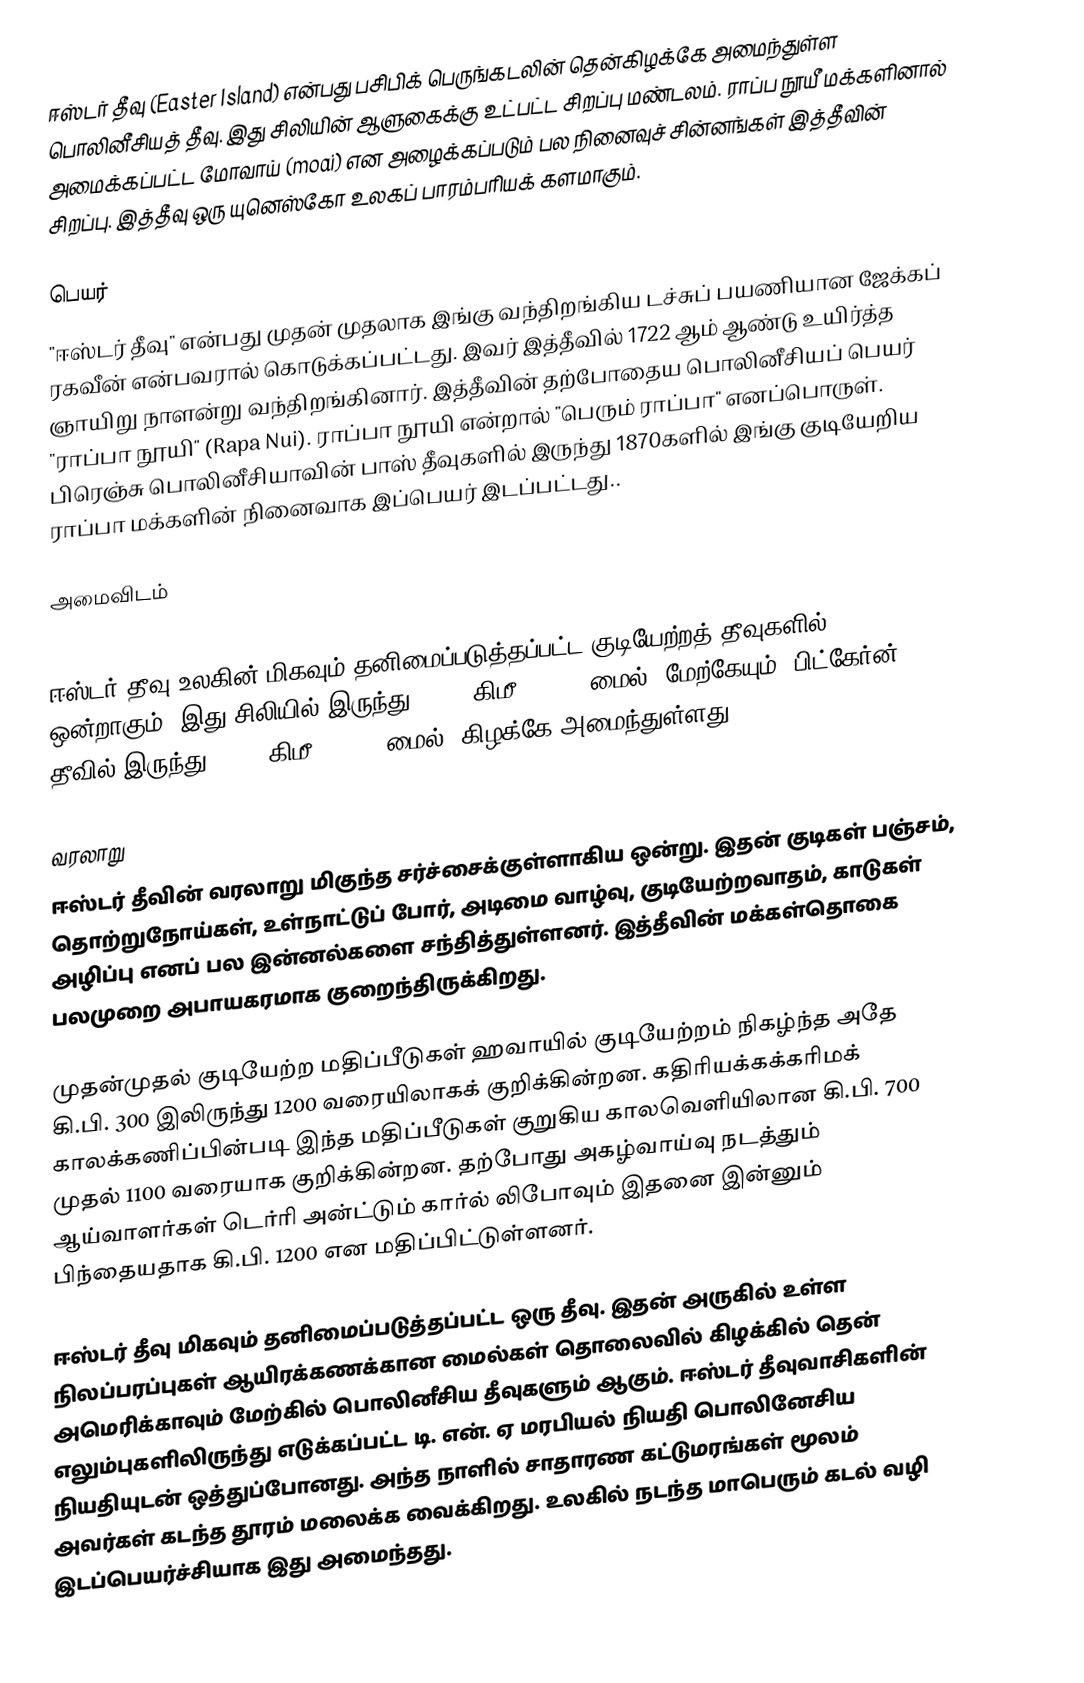
ஈஸ்டர் தீவு (Easter Island) என்பது பசிபிக் பெருங்கடலின் தென்கிழக்கே அமைந்துள்ள பொலினீசியத் தீவு. இது சிலியின் ஆளுகைக்கு உட்பட்ட சிறப்பு மண்டலம். ராப்ப நூயீ மக்களினால் அமைக்கப்பட்ட மோவாய் (moai) என அழைக்கப்படும் பல நினைவுச் சின்னங்கள் இத்தீவின் சிறப்பு. இத்தீவு ஒரு யுனெஸ்கோ உலகப் பாரம்பரியக் களமாகும்.

பெயர்
"ஈஸ்டர் தீவு" என்பது முதன் முதலாக இங்கு வந்திறங்கிய டச்சுப் பயணியான ஜேக்கப் ரகவீன் என்பவரால் கொடுக்கப்பட்டது. இவர் இத்தீவில் 1722 ஆம் ஆண்டு உயிர்த்த ஞாயிறு நாளன்று வந்திறங்கினார். இத்தீவின் தற்போதைய பொலினீசியப் பெயர் "ராப்பா நூயி" (Rapa Nui). ராப்பா நூயி என்றால் "பெரும் ராப்பா" எனப்பொருள். பிரெஞ்சு பொலினீசியாவின் பாஸ் தீவுகளில் இருந்து 1870களில் இங்கு குடியேறிய ராப்பா மக்களின் நினைவாக இப்பெயர் இடப்பட்டது..

அமைவிடம்

ஈஸ்டர் தீவு உலகின் மிகவும் தனிமைப்படுத்தப்பட்ட குடியேற்றத் தீவுகளில் ஒன்றாகும். இது சிலியில் இருந்து 3,600 கிமீ (2,237 மைல்) மேற்கேயும், பிட்கேர்ன் தீவில் இருந்து 2,075 கிமீ (1,290 மைல்) கிழக்கே அமைந்துள்ளது.

வரலாறு
ஈஸ்டர் தீவின் வரலாறு மிகுந்த சர்ச்சைக்குள்ளாகிய ஒன்று. இதன் குடிகள் பஞ்சம், தொற்றுநோய்கள், உள்நாட்டுப் போர், அடிமை வாழ்வு, குடியேற்றவாதம், காடுகள் அழிப்பு எனப் பல இன்னல்களை சந்தித்துள்ளனர். இத்தீவின் மக்கள்தொகை பலமுறை அபாயகரமாக குறைந்திருக்கிறது.

முதன்முதல் குடியேற்ற மதிப்பீடுகள் ஹவாயில் குடியேற்றம் நிகழ்ந்த அதே கி.பி. 300 இலிருந்து 1200 வரையிலாகக் குறிக்கின்றன.  கதிரியக்கக்கரிமக் காலக்கணிப்பின்படி இந்த மதிப்பீடுகள் குறுகிய காலவெளியிலான கி.பி. 700 முதல் 1100 வரையாக குறிக்கின்றன. தற்போது அகழ்வாய்வு நடத்தும் ஆய்வாளர்கள்  டெர்ரி அன்ட்டும் கார்ல் லிபோவும் இதனை இன்னும் பிந்தையதாக கி.பி. 1200 என மதிப்பிட்டுள்ளனர்.

ஈஸ்டர் தீவு மிகவும் தனிமைப்படுத்தப்பட்ட ஒரு தீவு. இதன் அருகில் உள்ள நிலப்பரப்புகள் ஆயிரக்கணக்கான மைல்கள் தொலைவில் கிழக்கில் தென் அமெரிக்காவும் மேற்கில் பொலினீசிய தீவுகளும் ஆகும். ஈஸ்டர் தீவுவாசிகளின் எலும்புகளிலிருந்து எடுக்கப்பட்ட டி. என். ஏ மரபியல் நியதி  பொலினேசிய நியதியுடன் ஒத்துப்போனது. அந்த நாளில் சாதாரண கட்டுமரங்கள் மூலம் அவர்கள் கடந்த தூரம் மலைக்க வைக்கிறது. உலகில் நடந்த மாபெரும் கடல் வழி இடப்பெயர்ச்சியாக இது அமைந்தது.